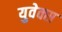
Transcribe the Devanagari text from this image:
युवेक्स